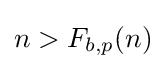
n>F_{b,p}(n)